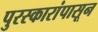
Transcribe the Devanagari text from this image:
पुरस्कारांपासून